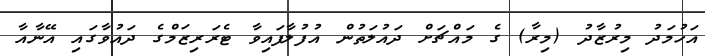
އަހުމަދު މިރުޒާދު (މިރާ) ގެ މައްޗަށް ދައުލަތުން އުފުލާފައިވާ ޓެރަރިޒަމްގެ ދައުވާގައި އޭނާއާ